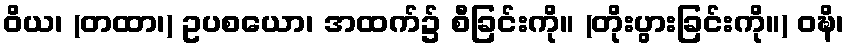
ဝိယ၊ (တထာ၊) ဥပစယော၊ အထက်၌ စီခြင်းကို။ (တိုးပွားခြင်းကို။) ဝဍ္ဎိ၊